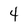
Character: 4